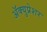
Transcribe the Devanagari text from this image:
अॅक्युप्रेशर